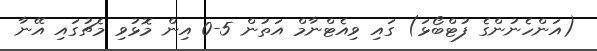
(އަންހެނުންގެ ފުޓްބޯޅަ) ގައި ވިއެޓްނާމް އަތުން 5-0 އިން މޮޅުވި މެޗުގައި އޭނާ